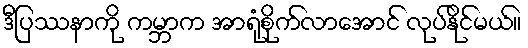
ဒီပြဿနာကို ကမ္ဘာက အာရုံစိုက်လာအောင် လုပ်နိုင်မယ်။